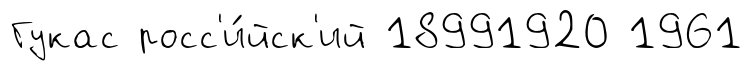
Гукас росс'и́йск'ий 18991920 1961